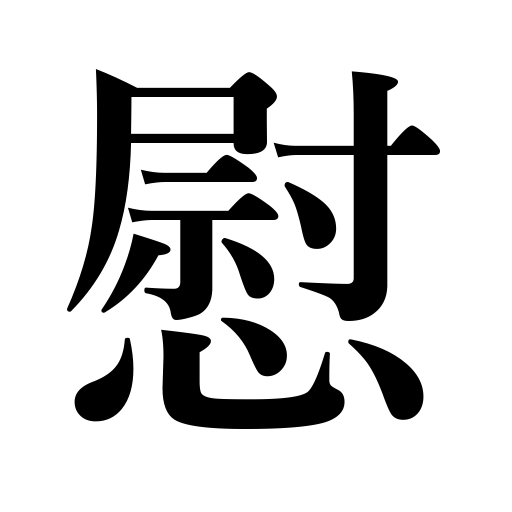
Meanings: comfort,make sport of,seduce,cheer,amuse oneself,console